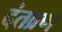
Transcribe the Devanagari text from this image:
दंतव्रण